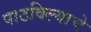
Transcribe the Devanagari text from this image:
पाठविल्याचे